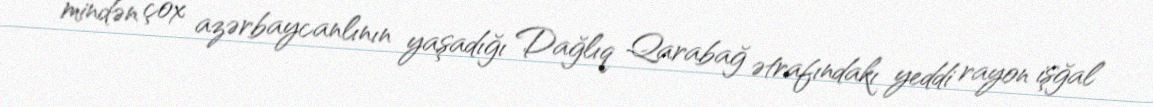
mindən çox azərbaycanlının yaşadığı Dağlıq Qarabağ ətrafındakı yeddi rayon işğal